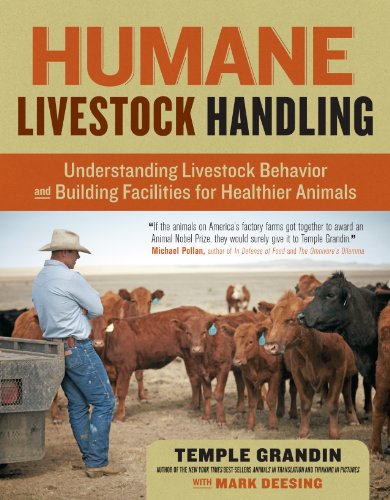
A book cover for Humane Livestock Handling: Understanding livestock behavior and building facilities for healthier animals; Temple Grandin; Science & Math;